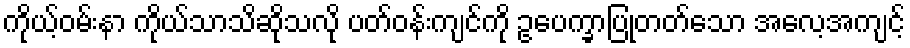
ကိုယ့်ဝမ်းနာ ကိုယ်သာသိဆိုသလို ပတ်ဝန်းကျင်ကို ဥပေက္ခာပြုတတ်သော အလေ့အကျင့်